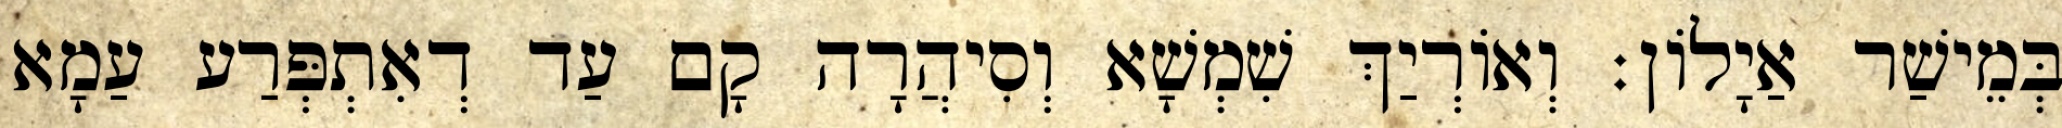
בְּמֵישַׁר אַיָלוֹן׃ וְאוֹרְיַךְ שִׁמְשָׁא וְסִיהֲרָה קָם עַד דְאִתְפְּרַע עַמָא